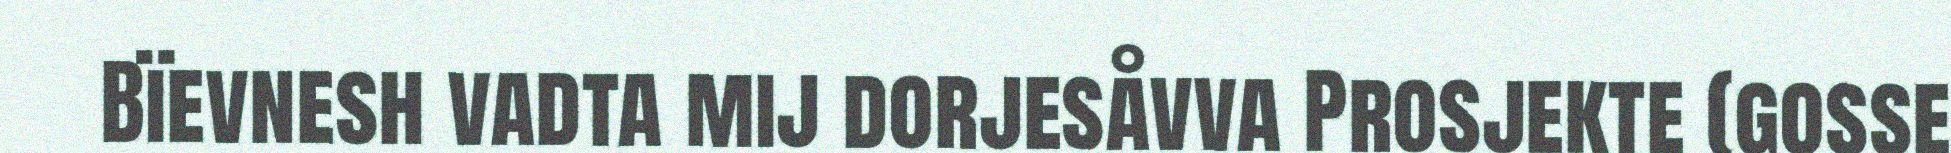
Bïevnesh vadta mij dorjesåvva Prosjekte (gosse